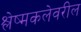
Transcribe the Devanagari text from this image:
श्लेष्मकलेवरील